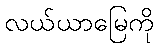
လယ်ယာမြေကို